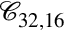
\mathcal { C } _ { 3 2 , 1 6 }